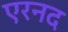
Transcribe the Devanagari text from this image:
एरनद